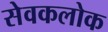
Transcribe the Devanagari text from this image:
सेवकलोक